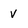
Character: V